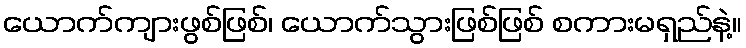
ယောက်ကျားဖွစ်ဖြစ်၊ ယောက်သွားဖြစ်ဖြစ် စကားမရှည်နဲ့။